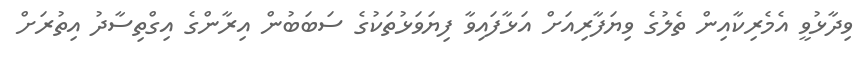
ވިދާޅުވީ އެމެރިކާއިން ތެލުގެ ވިޔަފާރިއަށް އަޅާފައިވާ ފިޔަވަޅުތަކުގެ ސަބަބުން އިރާންގެ އިގްތިސާދު އިތުރަށް